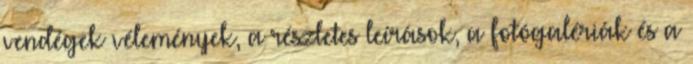
vendégek vélemények, a részletes leírások, a fotógalériák és a